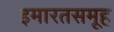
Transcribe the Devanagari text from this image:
इमारतसमूह